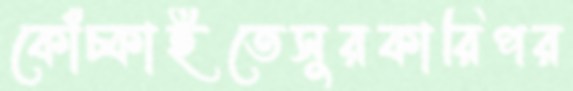
কোঁচ্‌কাইতেসুরকারিপর